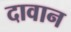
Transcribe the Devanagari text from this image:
दावान